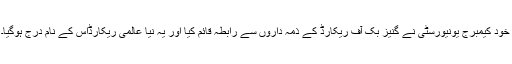
خود کیمبرج یونیورسٹی نے گنیز بک آف ریکارڈ کے ذمہ داروں سے رابطہ قائم کیا اور یہ نیا عالمی ریکارڈاُس کے نام درج ہوگیا۔